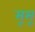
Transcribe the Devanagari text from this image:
सूसू